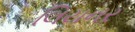
લિયનર